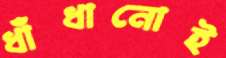
ধাঁধানোই